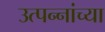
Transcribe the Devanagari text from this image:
उत्पन्नांच्या